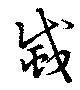
烕